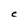
Character: C